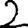
Digit: 2